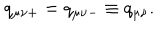
LaTeX: q _ { \mu \nu + } = q _ { \mu \nu - } \equiv q _ { \mu \nu } .